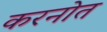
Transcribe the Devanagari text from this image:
करनोत